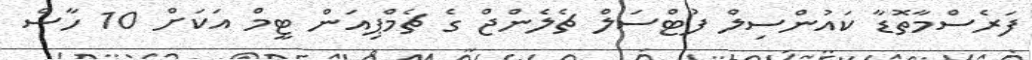
ފަރެސްމާތޮޑާ ކައުންސިލް ފުޓްސަލް ޗެލެންޖް ގެ ޗެމްޕިއަން ޓީމް އަކަށް 10 ހާސް